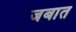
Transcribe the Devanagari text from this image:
जबात